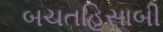
બચતહિસાબી